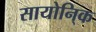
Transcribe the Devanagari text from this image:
सायोनि्क